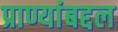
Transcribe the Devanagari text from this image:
प्राण्यांबद्दल